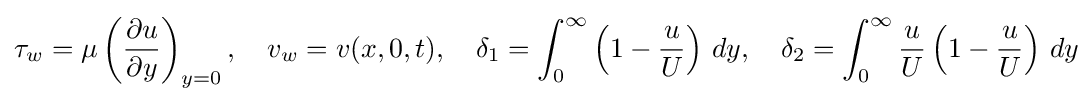
\tau _{w}=\mu \left({\frac {\partial u}{\partial y}}\right)_{y=0},\quad v_{w}=v(x,0,t),\quad \delta _{1}=\int _{0}^{\infty }\left(1-{\frac {u}{U}}\right)\,dy,\quad \delta _{2}=\int _{0}^{\infty }{\frac {u}{U}}\left(1-{\frac {u}{U}}\right)\,dy